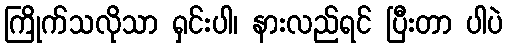
ကြိုက်သလိုသာ ရှင်းပါ၊ နားလည်ရင် ပြီးတာ ပါပဲ